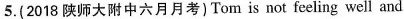
5. (2018 陕师大附中六月月考) Tom is not feeling well and